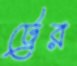
ট্রের